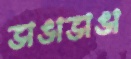
ভাঙাভাঙা